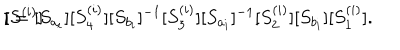
[ \hspace { - 0 . 7 m m } [ S ^ { ( i ) } ] \hspace { - 0 . 7 m m } ] = [ S _ { a _ { i } } ] [ S _ { 4 } ^ { ( i ) } ] [ S _ { b _ { i } } ] ^ { - 1 } [ S _ { 3 } ^ { ( i ) } ] [ S _ { a _ { i } } ] ^ { - 1 } [ S _ { 2 } ^ { ( i ) } ] [ S _ { b _ { i } } ] [ S _ { 1 } ^ { ( i ) } ] .